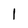
Character: 1